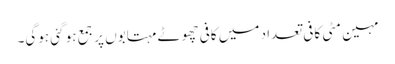
مہین مٹی کافی تعداد میں کافی چھوٹے مہتابوں پر جمع ہو گئی ہوگی۔